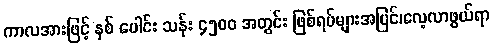
ကာလအားဖြင့် နှစ် ပေါင်း သန်း ၄၅၀၀ အတွင်း ဖြစ်ရပ်များအပြင်၊လေ့လာဖွယ်ရာ